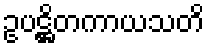
ဥပဋ္ဌိတကာယသတိ